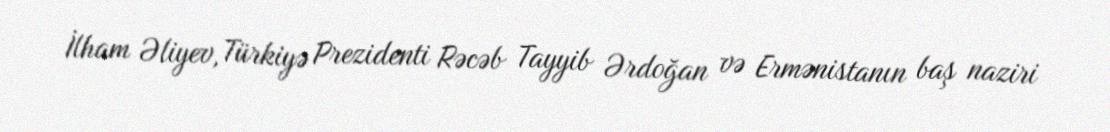
İlham Əliyev, Türkiyə Prezidenti Rəcəb Tayyib Ərdoğan və Ermənistanın baş naziri